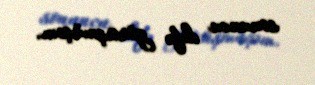
sonuncu dəfə görüşmüşəm.